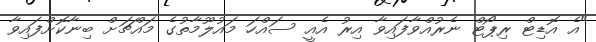
"އެ އޮޑިޓް ރިޕޯޓް ނެރުއްވާފައިވާ އިރު އެއީ ސައްހަ މައުލޫމާތުގެ މައްޗަށް ބިނާކޮށްފައިވާ